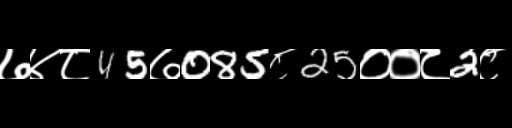
Text: ७४८45७085८25००८2८